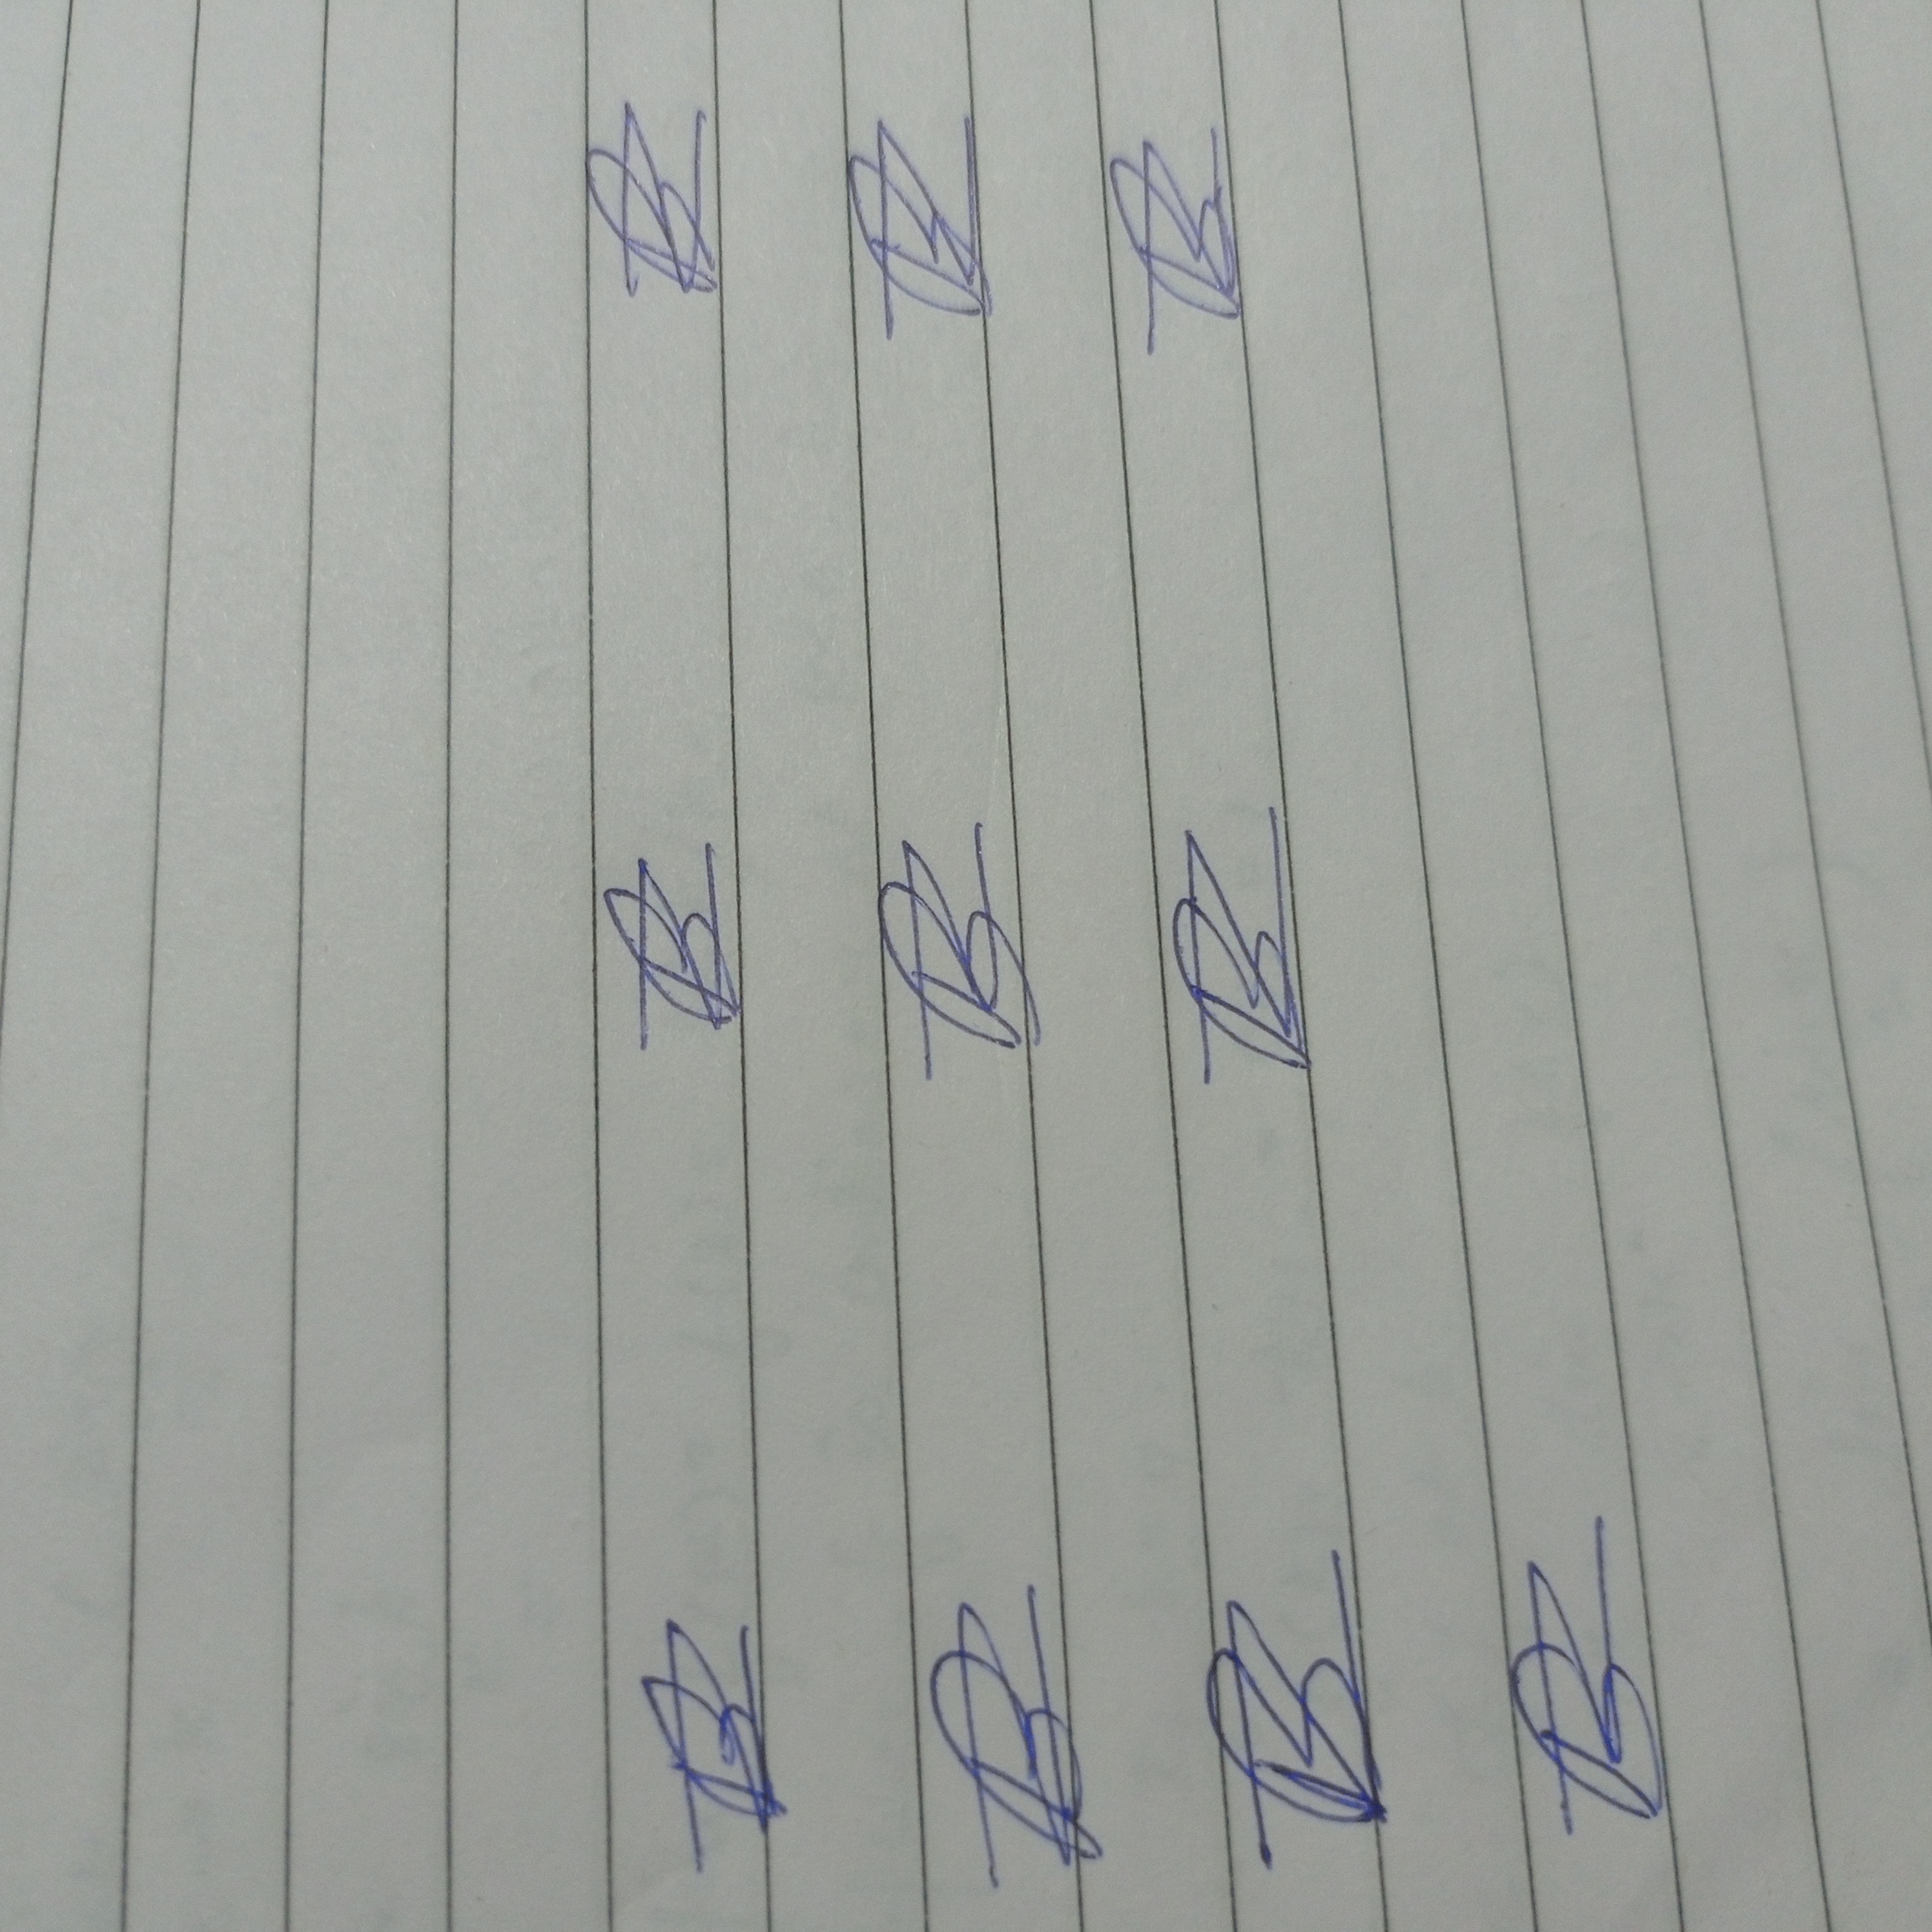
Signature authenticity: forged